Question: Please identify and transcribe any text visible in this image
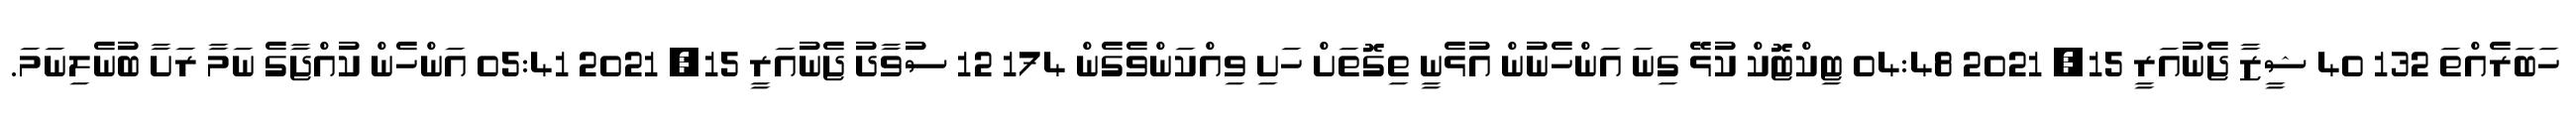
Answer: ހަބަރެއްތަ 132 40 ޝީޒާ ޖެނުއަރީ 15, 2021 04:48 ޓިކްޓޮކް ކުޅޭ ގިނަ އަންހެނުން އުޅެނީ ތިގޮތަށް ހަށި ވިއްކަންވެގެން 174 12 ސުވާދު ޖެނުއަރީ 15, 2021 05:41 އަންހެން ކުއްޖާގެ ނަމާ ރަށާ ބުނެލިނަމަ.